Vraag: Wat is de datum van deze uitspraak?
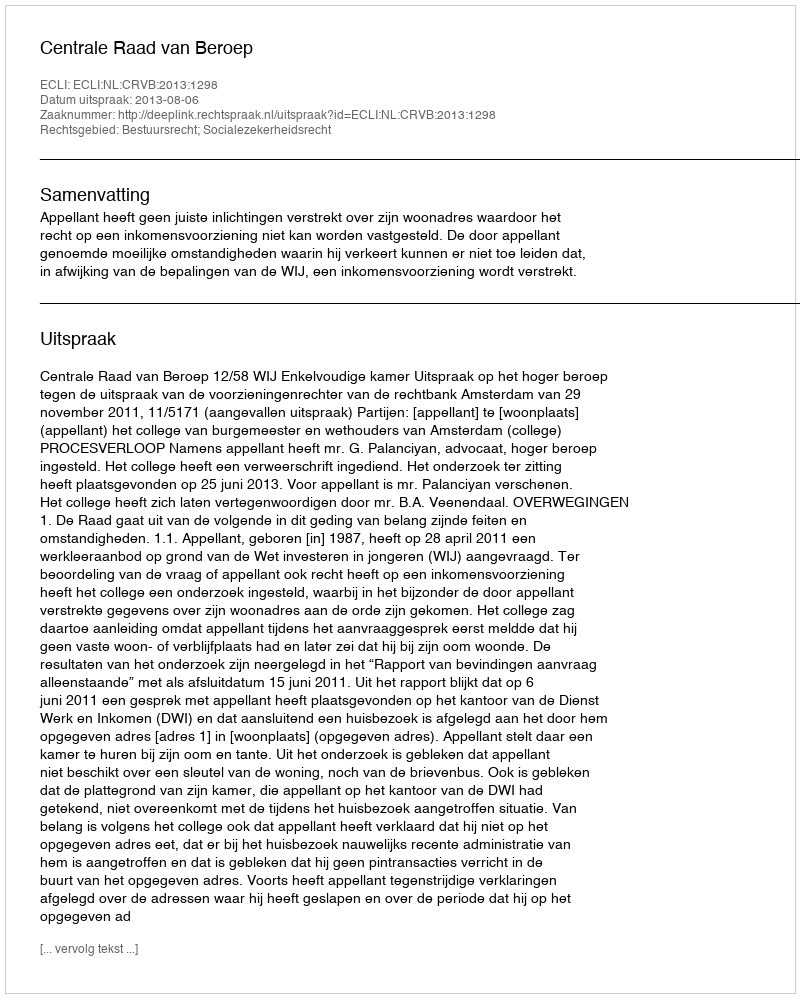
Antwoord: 2013-08-06